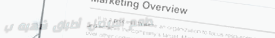
مطعم الفيصل: أطباق شهية ب